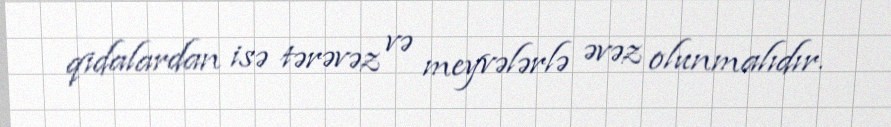
qidalardan isə tərəvəz və meyvələrlə əvəz olunmalıdır.